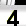
Digit: 3